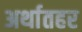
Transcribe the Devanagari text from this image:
अर्थातहर